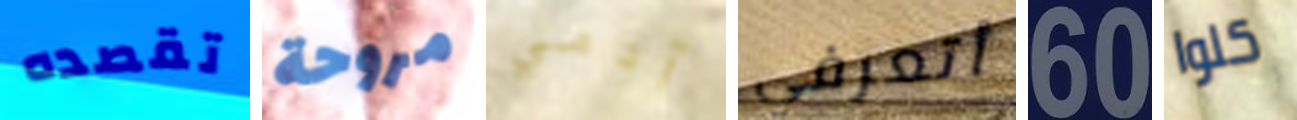
تقصده مروحة آدمي أتعرفي 60 كلوا